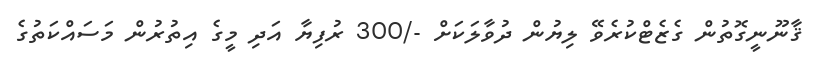
ޤާނޫނީގޮތުން ގެޒެޓްކުރެވޭ ލިޔުން ދުވާލަކަށް -/300 ރުފިޔާ އަދި މީގެ އިތުރުން މަސައްކަތުގެ